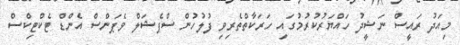
މިއަދު ރައީސް ނަޝީދު ހައްޔަރުކުރުމުގައި ހަރަކާތްތެރިވި ފުލުހުން ސްޕެޝަލް ވެޕަންސް އެންޑް ޓެކްޓިކްސް